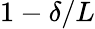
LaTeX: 1-\delta/L